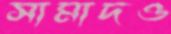
সামাদও